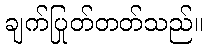
ချက်ပြုတ်တတ်သည်။